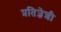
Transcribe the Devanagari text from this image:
प्रतिज्ञेशी